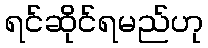
ရင်ဆိုင်ရမည်ဟု